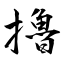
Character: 擼